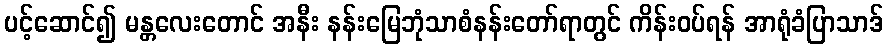
ပင့်ဆောင်၍ မန္တလေးတောင် အနီး နန်းမြေဘုံသာစံနန်းတော်ရာတွင် ကိန်းဝပ်ရန် အာရုံခံပြာသာဒ်